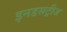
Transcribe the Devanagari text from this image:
इनडसट्रीज